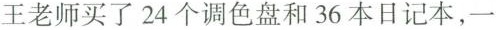
王老师买了24个调色盘和36本日记本，一